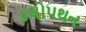
કથોપથન